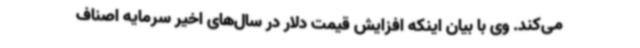
می‌کند. وی با بیان اینکه افزایش قیمت دلار در سال‌های اخیر سرمایه اصناف